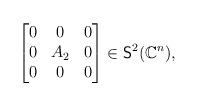
LaTeX: \begin{align*}\begin{bmatrix}0 & 0 & 0 \\0 & A_2 & 0\\0 & 0 & 0\end{bmatrix} \in \mathsf{S}^2(\mathbb{C}^n),\end{align*}